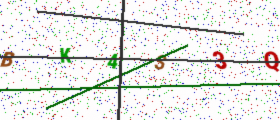
Text: BK4S3Q